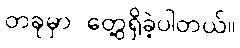
တခုမှာ တွေ့ရှိခဲ့ပါတယ်။